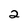
Character: 2